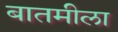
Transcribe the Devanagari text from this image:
बातमीला